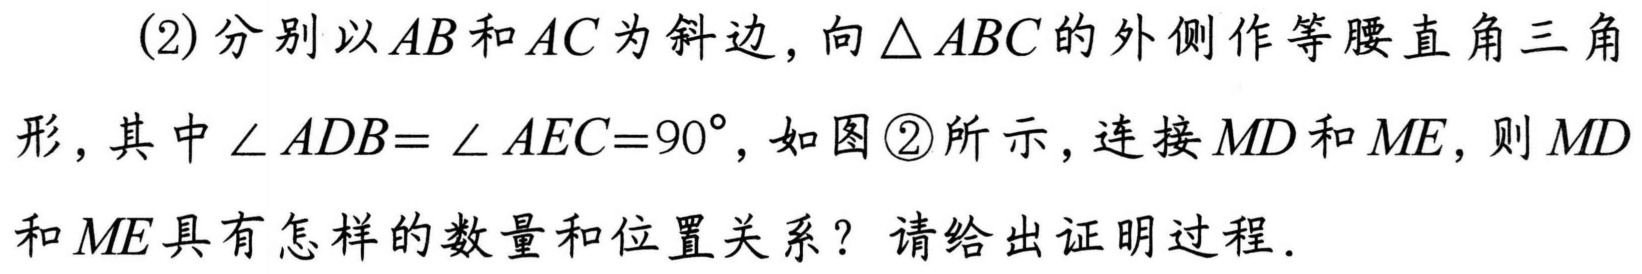
(2)分别以\(AB\)和\(AC\)为斜边，向\(\triangle ABC\)的外侧作等腰直角三角形，其中\(\angle ADB = \angle AEC = 90^{\circ}\)，如图\textcircled{2}所示，连接\(MD\)和\(ME\)，则\(MD\)和\(ME\)具有怎样的数量和位置关系？请给出证明过程.